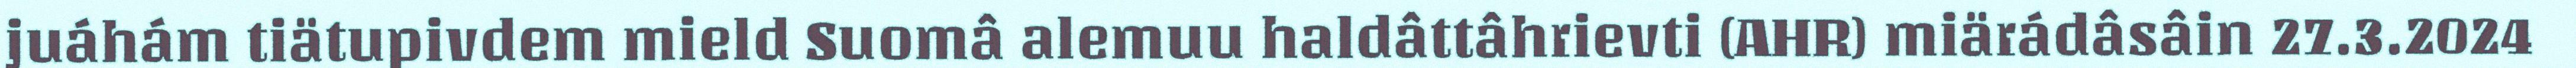
juáhám tiätupivdem mield Suomâ alemuu haldâttâhrievti (AHR) miärádâsâin 27.3.2024